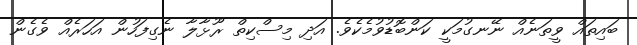
ބައިތައް ވީތަނެއް ނޭނގުމަކީ ކަންބޮޑުވުމެކެވެ. އަދި މިސްކިތް ރޫޅާލާ ނެގިފަހުން އަހަރެއް ވެގެން